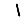
Digit: 1